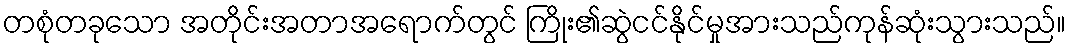
တစုံတခုသော အတိုင်းအတာအရောက်တွင် ကြိုး၏ဆွဲငင်နိုင်မှုအားသည်ကုန်ဆုံးသွားသည်။